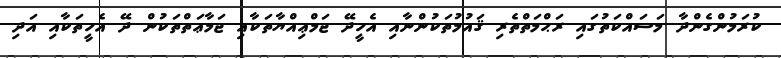
ކުރަމުންގެންދާ މަސައްކަތުގައި ރަޙްމަތްތެރި ޤައުމުތަކުންނާއި އެހީދޭ ޖަމްޢިއްޔާތަކާއި ޖަމާޢަތްތަކުން ދޭ އެހީތަކާއި އަދި